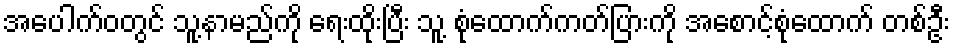
အပေါက်ဝတွင် သူ့နာမည်ကို ရေးထိုးပြီး သူ့ စုံထောက်ကတ်ပြားကို အစောင့်စုံထောက် တစ်ဦး